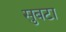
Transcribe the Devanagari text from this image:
सुबटा